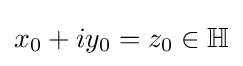
x_{0}+iy_{0}=z_{0}\in \mathbb {H}